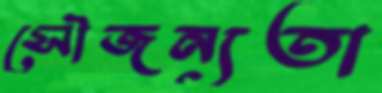
সৌজন্যতা